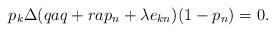
LaTeX: \begin{align*} p_k\Delta(qaq + rap_n + \lambda e_{kn})(1-p_n) = 0.\end{align*}